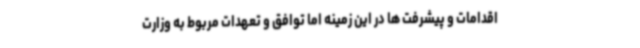
اقدامات و پیشرفت ها در این زمینه اما توافق و تعهدات مربوط به وزارت